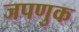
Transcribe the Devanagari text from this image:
जपणुक